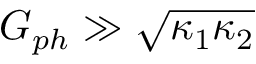
G _ { p h } \gg \sqrt { \kappa _ { 1 } \kappa _ { 2 } }